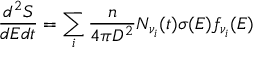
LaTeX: \frac { d ^ { 2 } S } { d E d t } = \sum _ { i } \frac { n } { 4 \pi D ^ { 2 } } N _ { \nu _ { i } } ( t ) \sigma ( E ) f _ { \nu _ { i } } ( E )